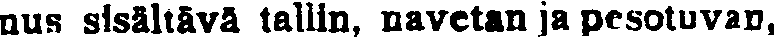
nus sisältävä tallin, navetan ja pesotuvan,